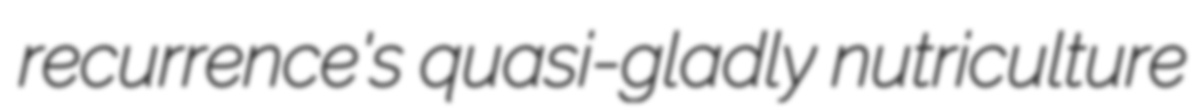
recurrence's quasi-gladly nutriculture